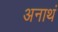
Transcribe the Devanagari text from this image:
अनाथं